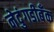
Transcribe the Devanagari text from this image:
नेदुंगडीबँक